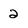
Character: 2